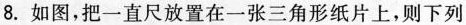
8.如图，把一直尺放置在一张三角形纸片上，则下列